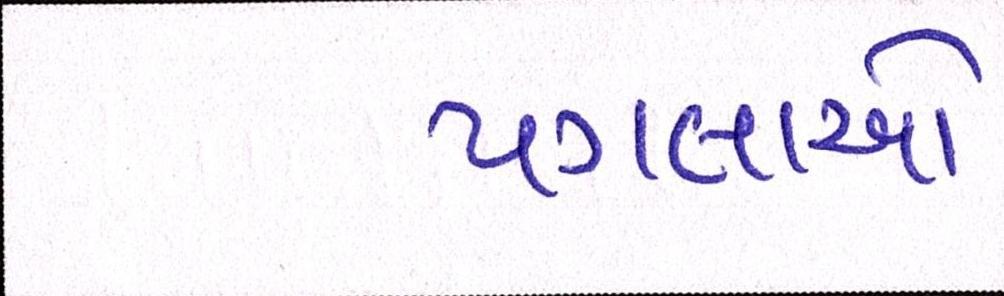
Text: પગલાઓ